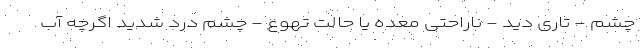
چشم - تاری دید - ناراحتی معده یا حالت تهوع - چشم درد شدید اگرچه آب